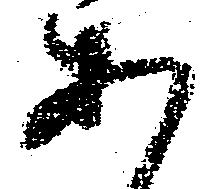
あ